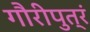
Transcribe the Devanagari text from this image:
गौरीपुत्रं